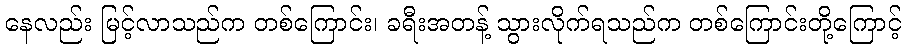
နေလည်း မြင့်လာသည်က တစ်ကြောင်း၊ ခရီးအတန့် သွားလိုက်ရသည်က တစ်ကြောင်းတို့ကြောင့်